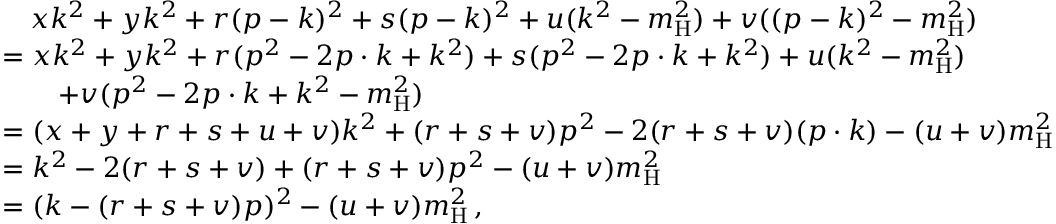
\begin{array} { r l } & { \quad x k ^ { 2 } + y k ^ { 2 } + r ( p - k ) ^ { 2 } + s ( p - k ) ^ { 2 } + u ( k ^ { 2 } - m _ { \mathrm { H } } ^ { 2 } ) + v ( ( p - k ) ^ { 2 } - m _ { \mathrm { H } } ^ { 2 } ) } \\ & { = x k ^ { 2 } + y k ^ { 2 } + r ( p ^ { 2 } - 2 p \cdot k + k ^ { 2 } ) + s ( p ^ { 2 } - 2 p \cdot k + k ^ { 2 } ) + u ( k ^ { 2 } - m _ { \mathrm { H } } ^ { 2 } ) } \\ & { \quad \quad + v ( p ^ { 2 } - 2 p \cdot k + k ^ { 2 } - m _ { \mathrm { H } } ^ { 2 } ) } \\ & { = ( x + y + r + s + u + v ) k ^ { 2 } + ( r + s + v ) p ^ { 2 } - 2 ( r + s + v ) ( p \cdot k ) - ( u + v ) m _ { \mathrm { H } } ^ { 2 } } \\ & { = k ^ { 2 } - 2 ( r + s + v ) + ( r + s + v ) p ^ { 2 } - ( u + v ) m _ { \mathrm { H } } ^ { 2 } } \\ & { = ( k - ( r + s + v ) p ) ^ { 2 } - ( u + v ) m _ { \mathrm { H } } ^ { 2 } \, , } \end{array}